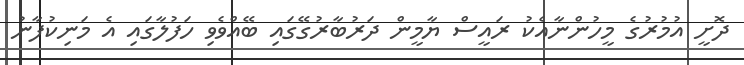
ދޮށީ އުމުރުގެ މީހުންނާއެކު ރައީސް ޔާމީން ދަރުބާރުގޭގައި ބޭއްވެވި ހަފުލާގައި އެ މަނިކުފާނު